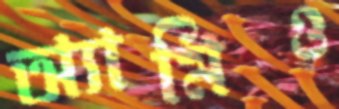
অ্যামিও